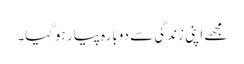
مجھے اپنی زندگی سے دوبارہ پیار ہوگیا۔